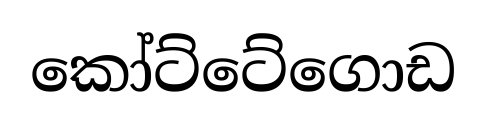
කෝට්ටේගොඩ